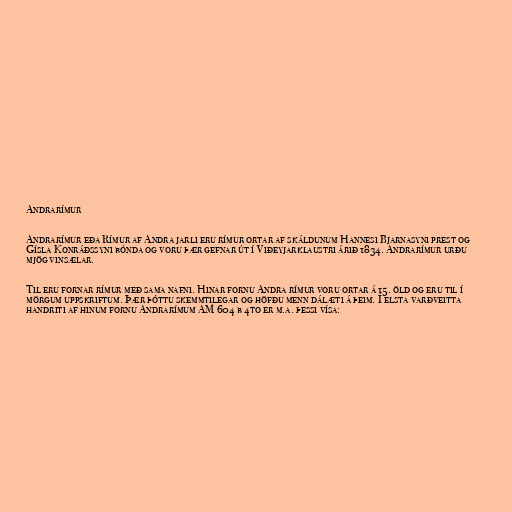
Andrarímur

Andrarímur eða Rímur af Andra jarli eru rímur ortar af skáldunum Hannesi Bjarnasyni prest og
Gísla Konráðssyni bónda og voru þær gefnar út í Viðeyjarklaustri árið 1834. Andrarímur urðu
mjög vinsælar.

Til eru fornar rímur með sama nafni. Hinar fornu Andra rímur voru ortar á 15. öld og eru til í
mörgum uppskriftum. Þær þóttu skemmtilegar og höfðu menn dálæti á þeim. Í elsta varðveitta
handriti af hinum fornu Andrarímum AM 604 b 4to er m.a. þessi vísa: